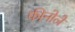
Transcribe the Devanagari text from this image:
फीनोलें